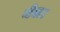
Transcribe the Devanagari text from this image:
मेल।